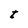
Character: t